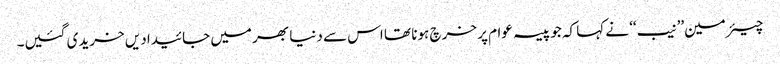
چیئرمین’’نیب‘‘ نے کہا کہ جو پیسہ عوام پر خرچ ہونا تھا اس سے دنیا بھر میں جائیدادیں خریدی گئیں۔